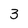
Character: 3